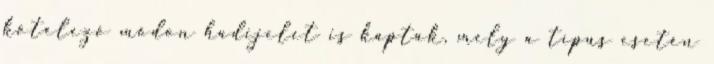
kötelező módon hadijelet is kaptak, mely a típus esetén